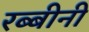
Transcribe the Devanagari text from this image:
रब्बीनी